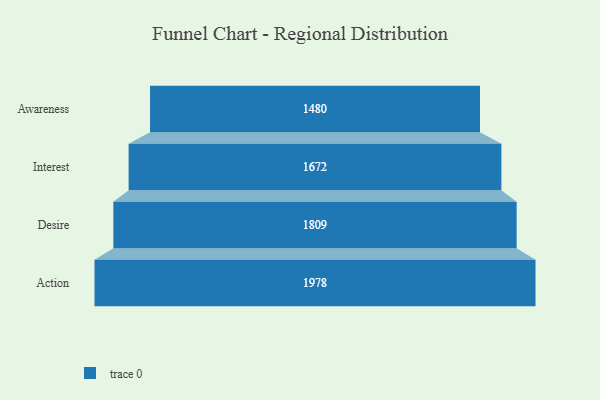
{"axis": {"x": "Stage", "y": "Value"}, "legend": [""], "data": [{"x": "Awareness", "y": 1480.0, "type": ""}, {"x": "Interest", "y": 1672.0, "type": ""}, {"x": "Desire", "y": 1809.0, "type": ""}, {"x": "Action", "y": 1978.0, "type": ""}]}